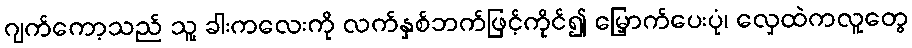
ဂျက်ကော့သည် သူ့ ခါးကလေးကို လက်နှစ်ဘက်ဖြင့်ကိုင်၍ မြှောက်ပေးပုံ၊ လှေထဲကလူတွေ